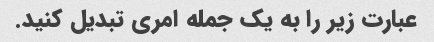
عبارت زیر را به یک جمله امری تبدیل کنید.